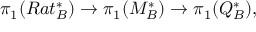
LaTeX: \pi _ { 1 } ( R a t _ { B } ^ { * } ) \to \pi _ { 1 } ( M _ { B } ^ { * } ) \to \pi _ { 1 } ( Q _ { B } ^ { * } ) ,